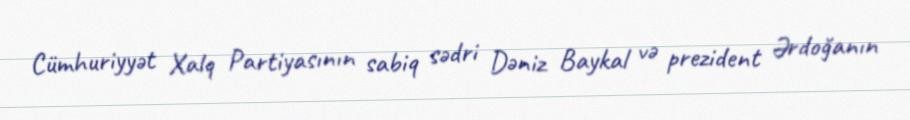
Cümhuriyyət Xalq Partiyasının sabiq sədri Dəniz Baykal və prezident Ərdoğanın